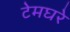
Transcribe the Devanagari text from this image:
टेमघरे